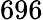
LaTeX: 696